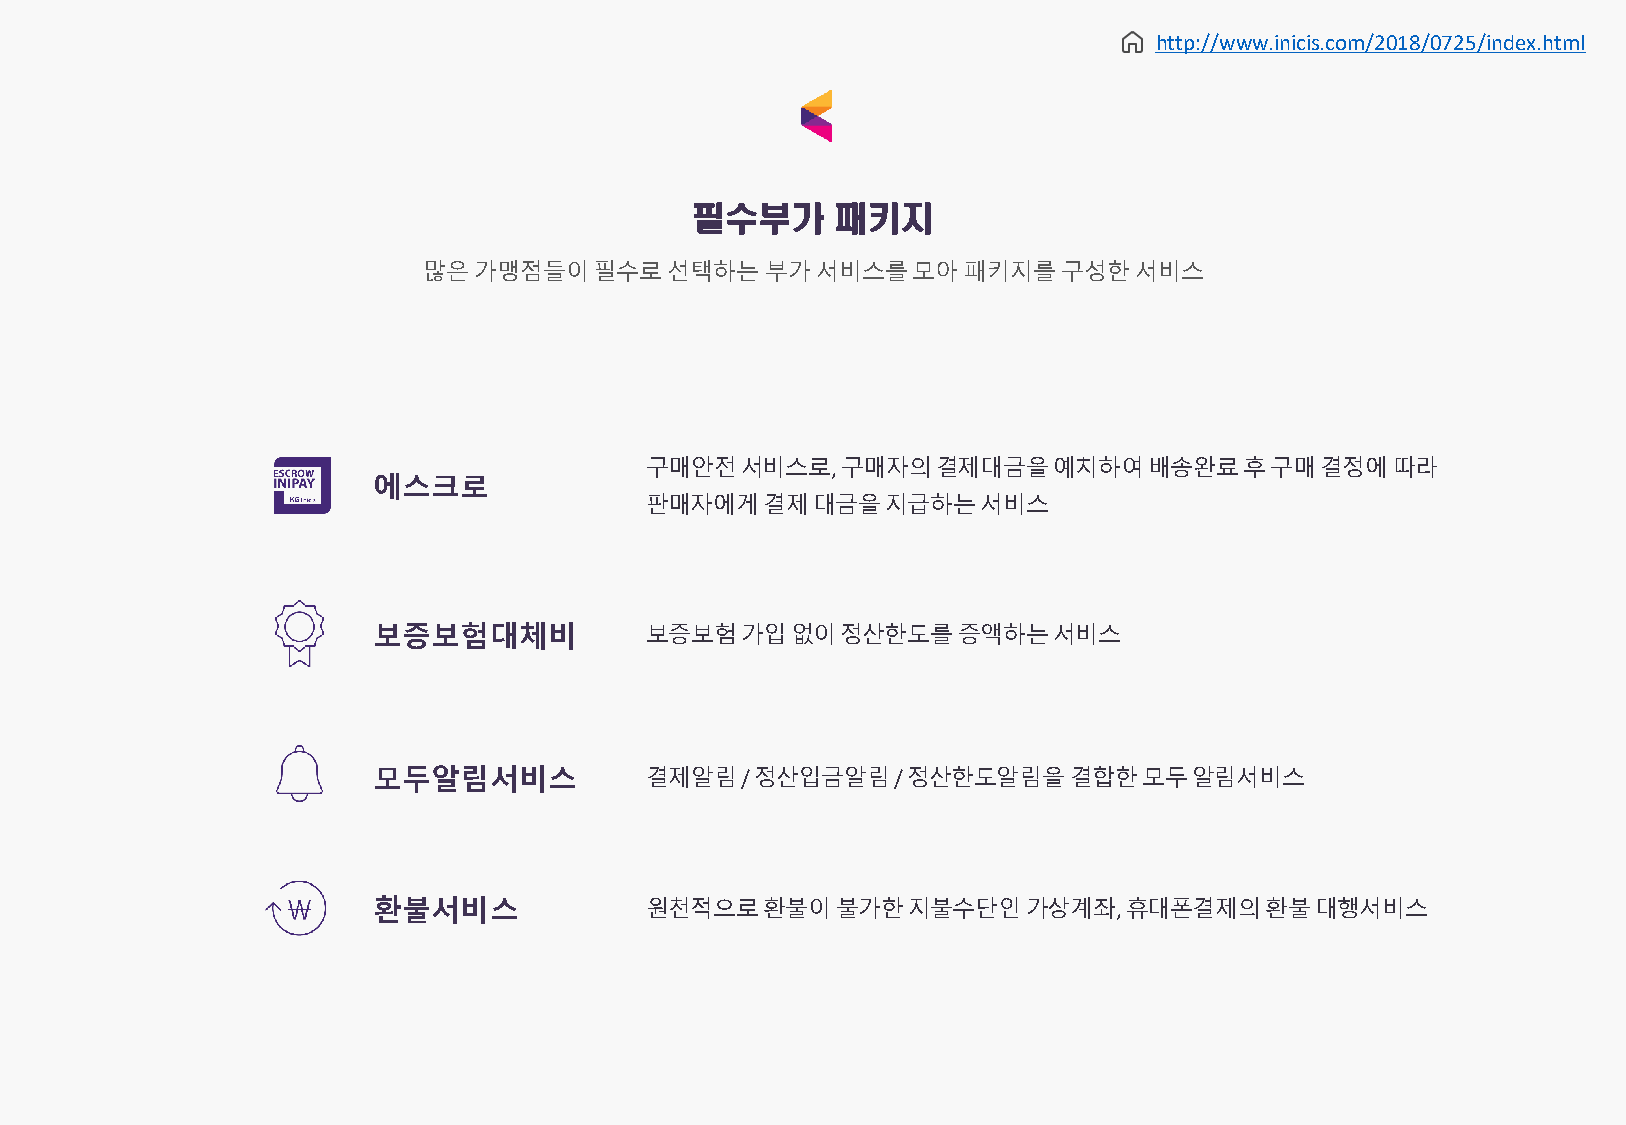
http://www.inicis.com/2018/0725/index.html
 필수부가     패키지
 많은가맹점들이필수로선택하는부가서비스를모아패키지를구성한서비스
 구매안전서비스로,    구매자의결제대금을예치하여배송완료후구매결정에따라
 에스크로
 판매자에게결제대금을지급하는서비스
 보증보험대체비           보증보험가입없이정산한도를증액하는서비스
 모두알림서비스           결제알림/  정산입금알림/   정산한도알림을결합한모두알림서비스
 환불서비스             원천적으로환불이불가한지불수단인가상계좌,          휴대폰결제의환불대행서비스